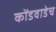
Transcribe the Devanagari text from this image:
कोंडवाडेच